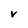
Character: v